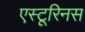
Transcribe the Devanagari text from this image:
एस्टूरिनस